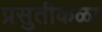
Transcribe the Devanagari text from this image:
प्रसुतीकळा